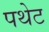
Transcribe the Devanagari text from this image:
पथेट